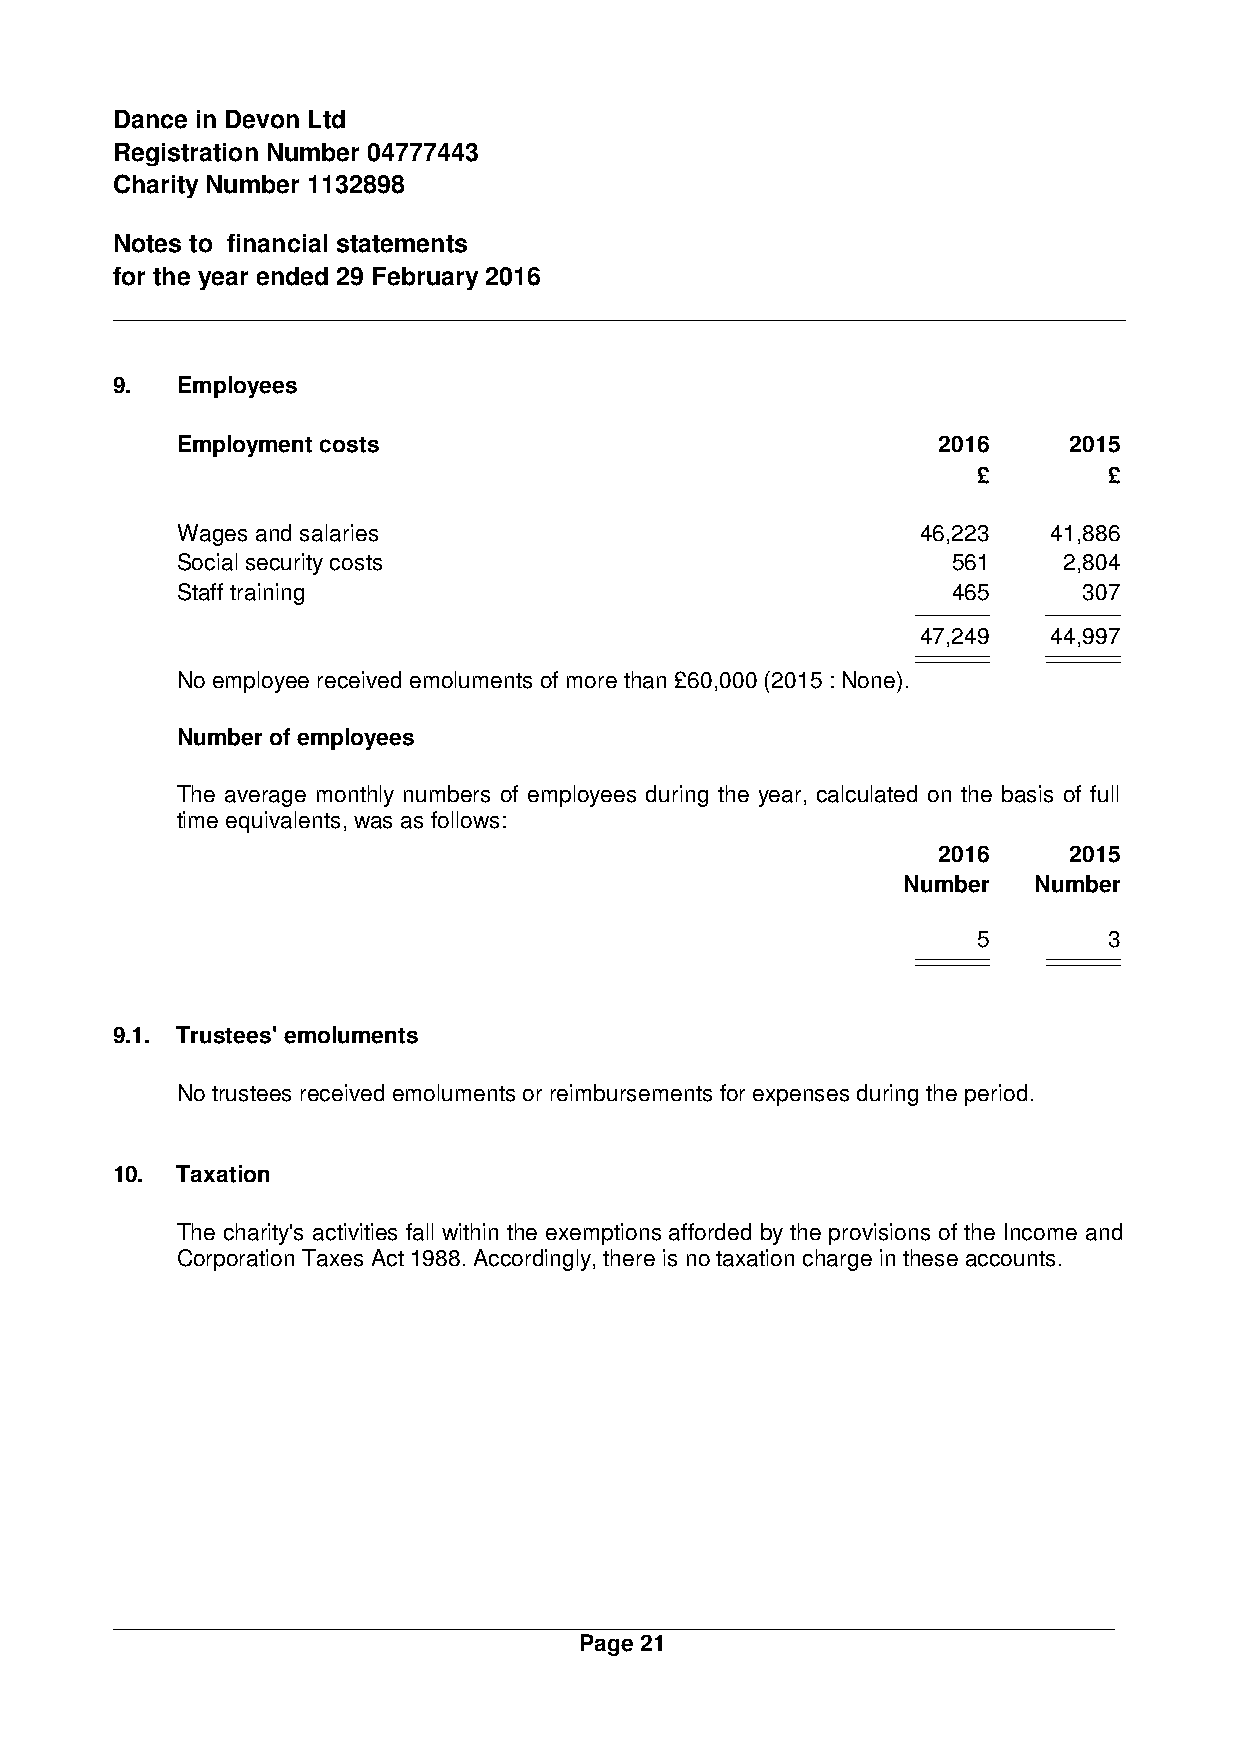
Dance in Devon Ltd
 Registration Number 04777443
 Charity Number 1132898
 Notes to financial statements
 for the year ended 29 February 2016
 9.   Employees
 Employment costs                                  2016     2015
 £       £
 Wages and salaries                               46,223   41,886
 Social security costs                              561    2,804
 Staff training                                     465      307
 47,249   44,997
 No employee received emoluments of more than £60,000 (2015 : None).
 Number of employees
 The average monthly numbers of employees during the year, calculated on the basis of full
 time equivalents, was as follows:
 2016     2015
 Number  Number
 5       3
 9.1. Trustees' emoluments
 No trustees received emoluments or reimbursements for expenses during the period.
 10.  Taxation
 The charity's activities fall within the exemptions afforded by the provisions of the Income and
 Corporation Taxes Act 1988. Accordingly, there is no taxation charge in these accounts.
 Page 21